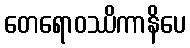
တေရောဝဿိကာနိပေ